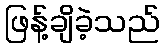
ဖြန့်ချိခဲ့သည်